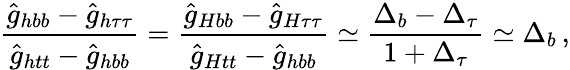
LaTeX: \frac{\hat{g}_{hbb}-\hat{g}_{h\tau\tau}}{\hat{g}_{htt}-\hat{g}_{hbb}}=\frac{\hat{g}_{Hbb}-\hat{g}_{H\tau\tau}}{\hat{g}_{Htt}-\hat{g}_{hbb}}\simeq\frac{\Delta_{b}-\Delta_{\tau}}{1+\Delta_{\tau}}\simeq\Delta_{b}\, ,